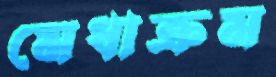
মেধাক্রম